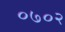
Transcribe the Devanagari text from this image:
०७०२